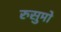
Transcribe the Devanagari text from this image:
रुसुमो